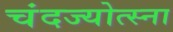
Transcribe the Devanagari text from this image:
चंदज्योत्स्ना